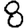
Digit: 8